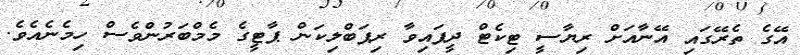
އޭގެ ތެރޭގައި އޭނާއަށް ރިޔާސީ ޓިކެޓް ދީފައިވާ ރިޕަބްލިކަން ޕާޓީގެ މެމްބަރުންވެސް ހިމެނެއެވެ.